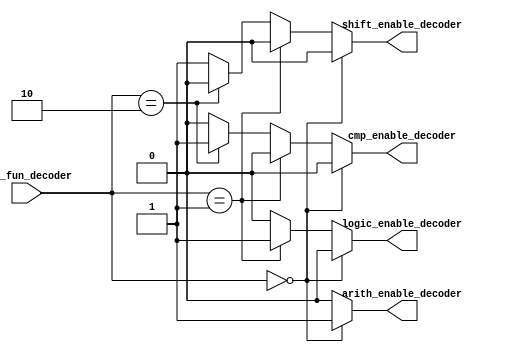
/******************************************************************************
*
* Module: Private - Decoder Unit  Block 
*
*
* Description:  this file is used for implementation of the Decoder Unit Block 
*               which is responsible for carrying out the Enable of All Flip
*               Flops of the System
*
*
*******************************************************************************/

//********************Port Declaration*************************//

module Decoder_Unit # (

parameter alu_fun_WIDTH = 2  )       
  
(

input wire [alu_fun_WIDTH-1:0]        alu_fun_decoder      , //Declaring the Variable As an Input Port 
output reg                            arith_enable_decoder , //Declaring the Variable As an Output Port
output reg                            logic_enable_decoder , //Declaring the Variable As an Output Port
output reg                            cmp_enable_decoder   , //Declaring the Variable As an Output Port
output reg                            shift_enable_decoder   //Declaring the Variable As an Output Port

);


/******************************************************************/

//******************************The RTL Code********************************//

/********************Starting The Combiational Always Block********************/

always @ ( * )

begin 


if ( alu_fun_decoder == 2'b00 )      //Check if the Alu input equl 00 or not 
  
  begin 

    arith_enable_decoder = 1'b1 ;    //Enable the arithmatic unit Block
    logic_enable_decoder = 1'b0 ;    //Disable the logic Block Unit
    cmp_enable_decoder   = 1'b0 ;    //Disable the Compare Block Unit
    shift_enable_decoder = 1'b0 ;    //Disable the Shift Block Unit
    

  end  

else if ( alu_fun_decoder == 2'b01 )
  
  begin 
  
    arith_enable_decoder = 1'b0 ;    //Disable the arithmatic unit Block
    logic_enable_decoder = 1'b1 ;    //Enable the logic Block Unit 
    cmp_enable_decoder   = 1'b0 ;    //Disable the Compare Block Unit
    shift_enable_decoder = 1'b0 ;    //Disable the Shift Block Unit  
    
  end  

else if ( alu_fun_decoder == 2'b10 )
  
  begin 
  
    arith_enable_decoder = 1'b0 ;    //Disable the arithmatic unit Block
    logic_enable_decoder = 1'b0 ;    //Disable the logic Block Unit
    cmp_enable_decoder   = 1'b1 ;    //Enable the Compare Block Unit
    shift_enable_decoder = 1'b0 ;    //Disable the Shift Block Unit   
    
  end 
  
else 
  
  begin 
  
    arith_enable_decoder = 1'b0 ;    //Disable the arithmatic unit Block
    logic_enable_decoder = 1'b0 ;    //Disable the logic Block Unit
    cmp_enable_decoder   = 1'b0 ;    //Disable the Compare Block Unit
    shift_enable_decoder = 1'b1 ;    //Enable the Shift Block Unit     
    
  end 
   
    

end         

/*********************************************************************/

endmodule